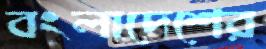
বংলাদেশের